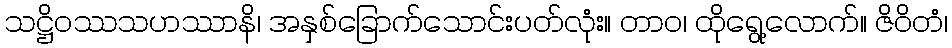
သဋ္ဌိဝဿသဟဿာနိ၊ အနှစ်ခြောက်သောင်းပတ်လုံး။ တာဝ၊ ထိုရွေ့လောက်။ ဇိဝိတံ၊